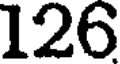
126